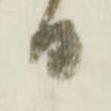
日